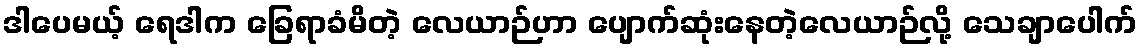
ဒါပေမယ့် ရေဒါက ခြေရာခံမိတဲ့ လေယာဉ်ဟာ ပျောက်ဆုံးနေတဲ့လေယာဉ်လို့ သေချာပေါက်